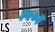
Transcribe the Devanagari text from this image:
३५७३